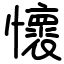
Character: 懷